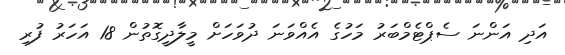
އަދި އަންނަ ސެޕްޓެމްބަރު މަހުގެ އެއްވަނަ ދުވަހަށް މީލާދީގޮތުން 18 އަހަރު ފުރި